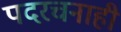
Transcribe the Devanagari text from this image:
पदरचनाही